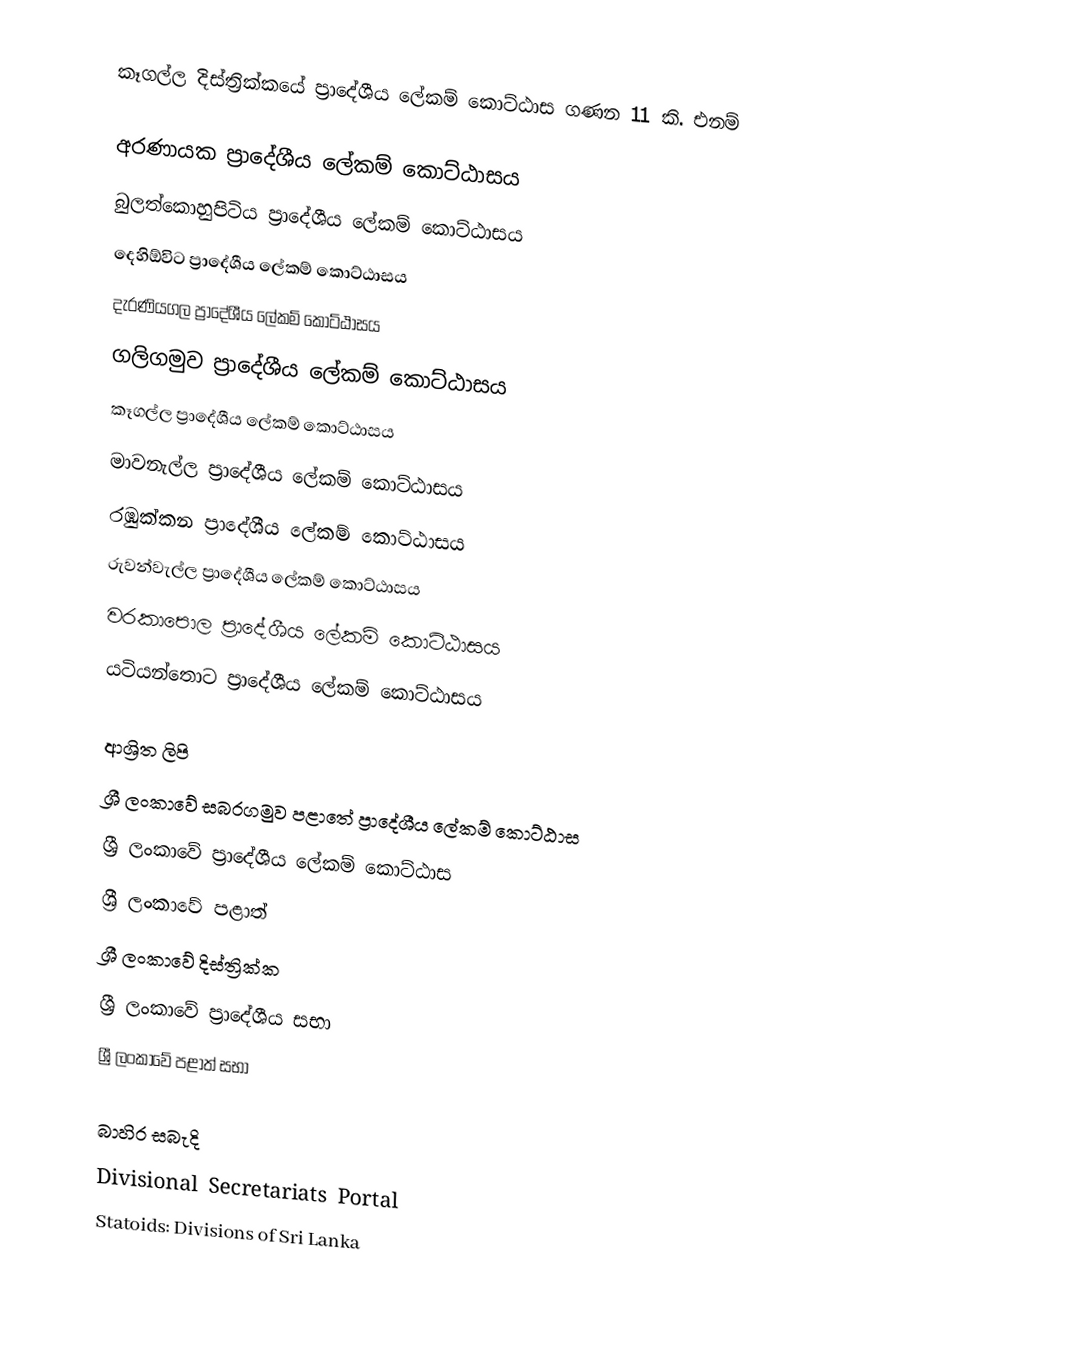
කෑගල්ල දිස්ත්‍රික්කයේ ප්‍රාදේශීය ලේකම් කොට්ඨාස ගණන 11 කි. එනම්

 අරණායක ප්‍රාදේශීය ලේකම් කොට්ඨාසය
 බුලත්කොහුපිටිය ප්‍රාදේශීය ලේකම් කොට්ඨාසය
 දෙහිඕවිට ප්‍රාදේශීය ලේකම් කොට්ඨාසය
 දැරණියගල ප්‍රාදේශීය ලේකම් කොට්ඨාසය
 ගලිගමුව ප්‍රාදේශීය ලේකම් කොට්ඨාසය
 කෑගල්ල ප්‍රාදේශීය ලේකම් කොට්ඨාසය
 මාවනැල්ල ප්‍රාදේශීය ලේකම් කොට්ඨාසය
 රඹුක්කන ප්‍රාදේශීය ලේකම් කොට්ඨාසය
 රුවන්වැල්ල ප්‍රාදේශීය ලේකම් කොට්ඨාසය
 වරකාපොල ප්‍රාදේශීය ලේකම් කොට්ඨාසය
 යටියන්තොට ප්‍රාදේශීය ලේකම් කොට්ඨාසය

ආශ්‍රිත ලිපි
 ශ්‍රී ලංකාවේ සබරගමුව පළාතේ ප්‍රාදේශීය ලේකම් කොට්ඨාස
 ශ්‍රී ලංකාවේ ප්‍රාදේශීය ලේකම් කොට්ඨාස
 ශ්‍රී ලංකාවේ පළාත්
 ශ්‍රී ලංකාවේ දිස්ත්‍රික්ක
 ශ්‍රී ලංකාවේ ප්‍රාදේශීය සභා
 ශ්‍රී ලංකාවේ පළාත් සභා

බාහිර සබැදි
 Divisional Secretariats Portal
 Statoids: Divisions of Sri Lanka